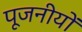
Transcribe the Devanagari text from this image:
पूजनीयों